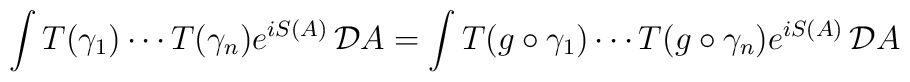
\int T(\gamma_1) \cdots T(\gamma_n) e^{iS(A)}\,{\cal D}A =  \int T(g \circ \gamma_1) \cdots T(g\circ \gamma_n) e^{iS(A)}\,{\cal D}A